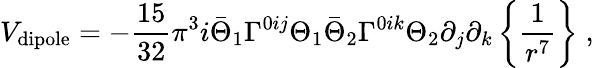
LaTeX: V_{\mathrm{dipole}}=-{\frac{15}{32}}\pi^{3}i\bar{\Theta}_{1}\Gamma^{0ij}\Theta_{1}\bar{\Theta}_{2}\Gamma^{0ik}\Theta_{2}\partial_{j}\partial_{k}\left\{ {\frac{1}{r^{7}}}\right\} \; ,